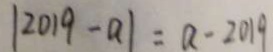
\vert 2 0 1 9 - a \vert = a - 2 0 1 9